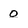
Character: o